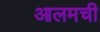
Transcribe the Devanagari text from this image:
आलमची